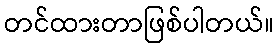
တင်ထားတာဖြစ်ပါတယ်။